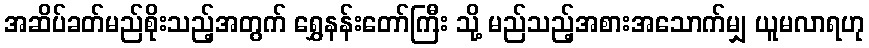
အဆိပ်ခတ်မည်စိုးသည့်အတွက် ရွှေနန်းတော်ကြီး သို့ မည်သည့်အစားအသောက်မျှ ယူမလာရဟု